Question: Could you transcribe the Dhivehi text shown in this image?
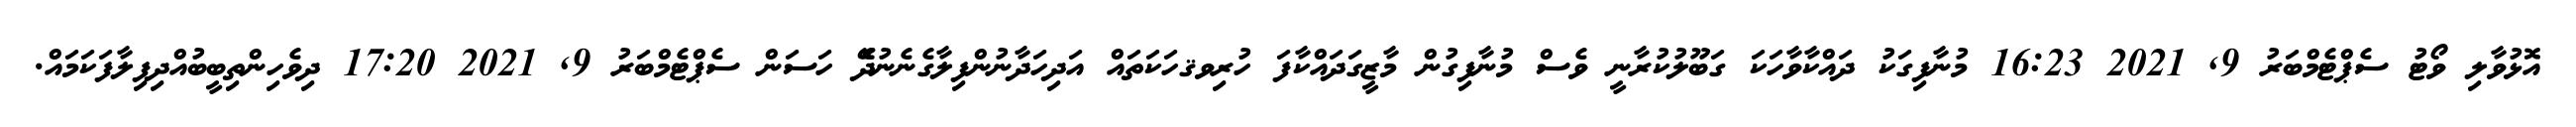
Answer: އޮޅުވާލި ވޯޓު ސެޕްޓެމްބަރު 9, 2021 16:23 މުނާފިގަކު ދައްކާވާހަކަ ގަބޫލުކުރާނީ ވެސް މުނާފިގުން މާޒީގަދައްކާފަ ހުރިވޤހަކަތައް އަދިހަދާނުންފިލާގެނެނުދޭެ ހަސަން ސެޕްޓެމްބަރު 9, 2021 17:20 ދިވެހިންތިބީބުއްދިފިލާފަކަމައް.